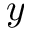
y